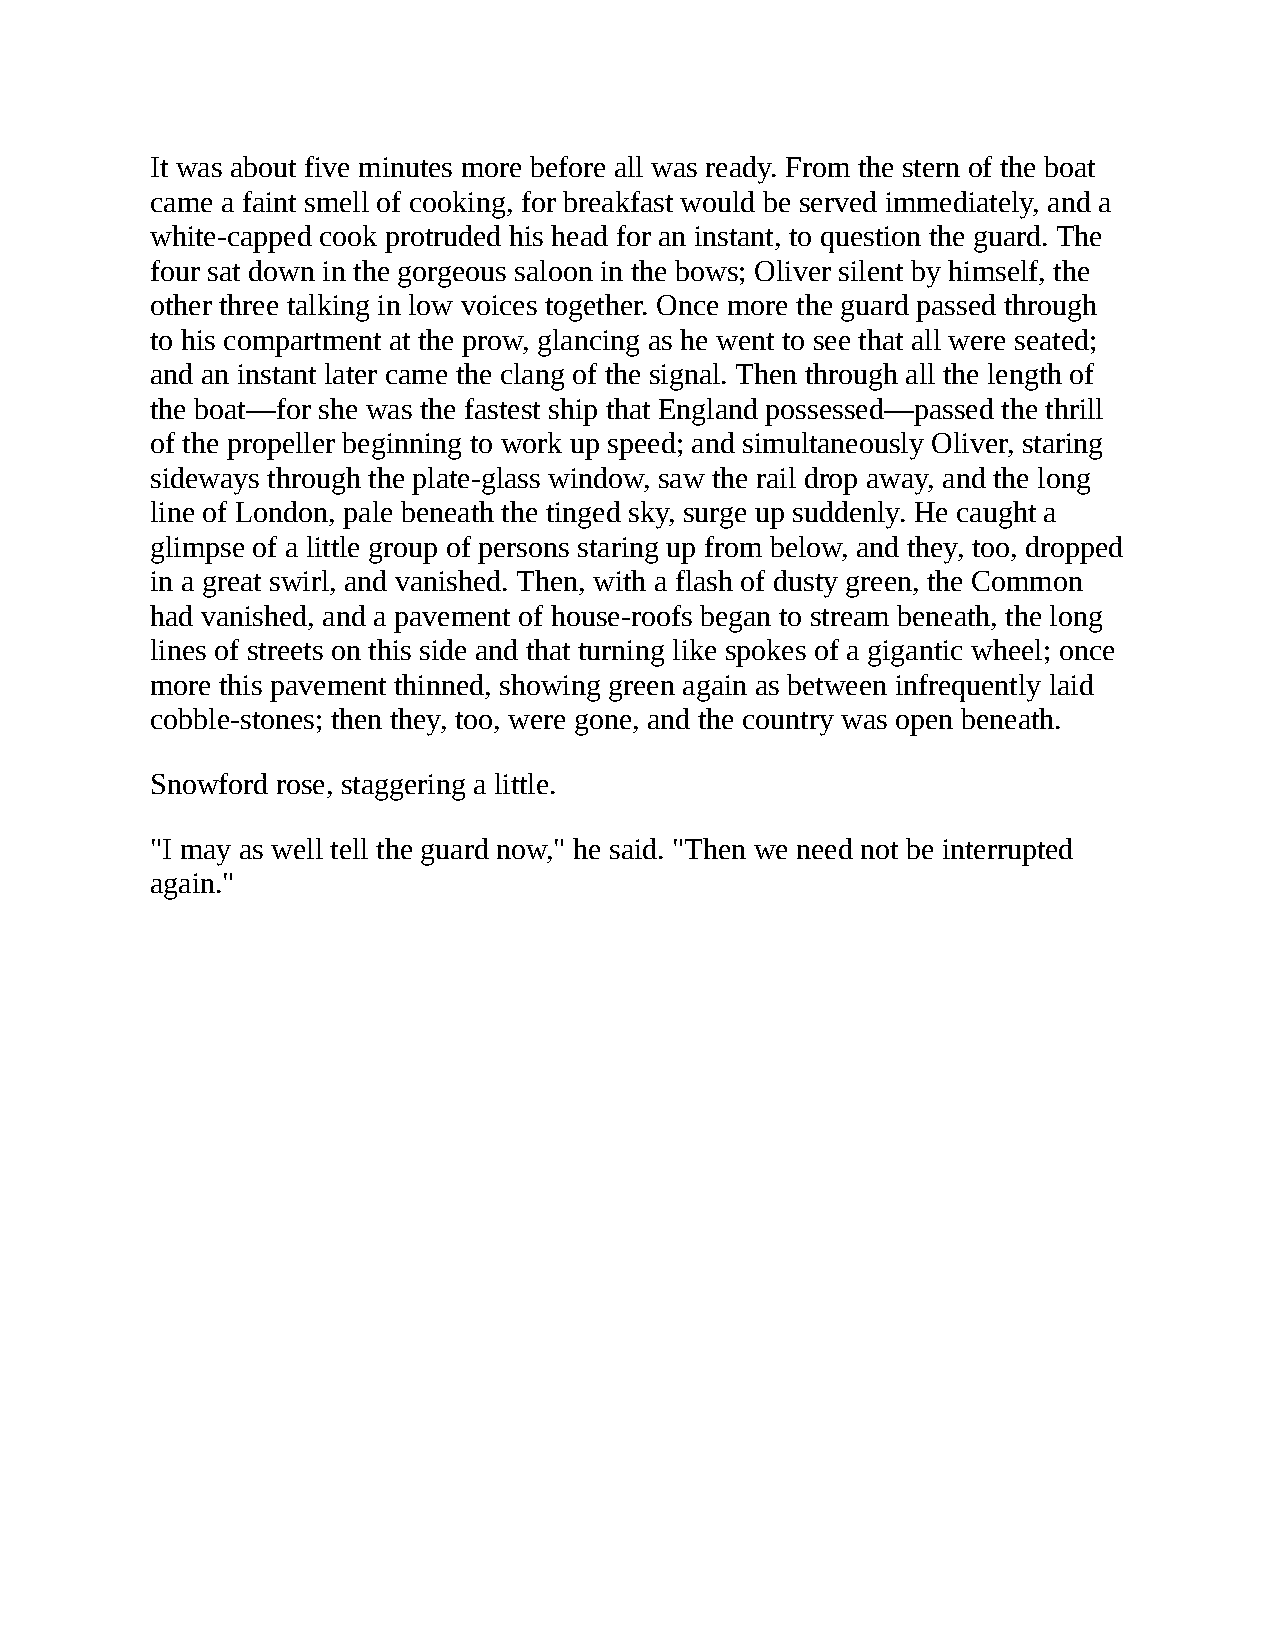
It was about five minutes more before all was ready. From the stern of the boat
 came a faint smell of cooking, for breakfast would be served immediately, and a
 white-capped cook protruded his head for an instant, to question the guard. The
 four sat down in the gorgeous saloon in the bows; Oliver silent by himself, the
 other three talking in low voices together. Once more the guard passed through
 to his compartment at the prow, glancing as he went to see that all were seated;
 and an instant later came the clang of the signal. Then through all the length of
 the boat—for she was the fastest ship that England possessed—passed the thrill
 of the propeller beginning to work up speed; and simultaneously Oliver, staring
 sideways through the plate-glass window, saw the rail drop away, and the long
 line of London, pale beneath the tinged sky, surge up suddenly. He caught a
 glimpse of a little group of persons staring up from below, and they, too, dropped
 in a great swirl, and vanished. Then, with a flash of dusty green, the Common
 had vanished, and a pavement of house-roofs began to stream beneath, the long
 lines of streets on this side and that turning like spokes of a gigantic wheel; once
 more this pavement thinned, showing green again as between infrequently laid
 cobble-stones; then they, too, were gone, and the country was open beneath.
 Snowford rose, staggering a little.
 "I may as well tell the guard now," he said. "Then we need not be interrupted
 again."